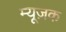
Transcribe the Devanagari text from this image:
म्यूज़क